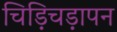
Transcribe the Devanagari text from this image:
चिड़िचड़ापन